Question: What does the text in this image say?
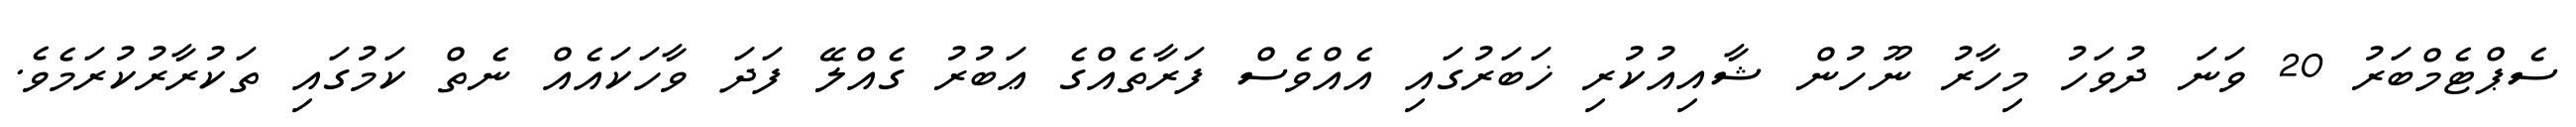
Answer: ސެޕްޓެމްބަރު 20 ވަނަ ދުވަހު މިހާރު ނޫހުން ޝާއިއުކުރި ޚަބަރުގައި އެއްވެސް ފަރާތެއްގެ ޢަބުރު ގެއްލޭ ފަދަ ވާހަކައެއް ނެތް ކަމުގައި ތަކުރާރުކުރަމެވެ.